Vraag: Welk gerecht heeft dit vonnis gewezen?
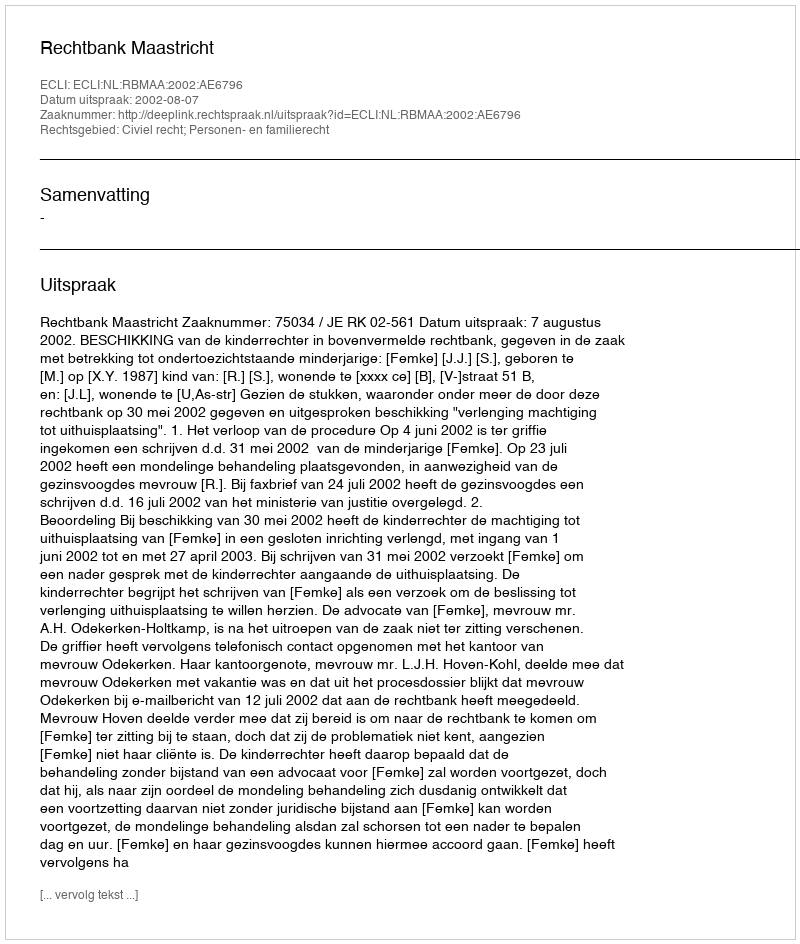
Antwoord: Rechtbank Maastricht